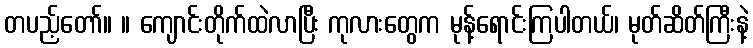
တပည့်တော်။ ။ ကျောင်းတိုက်ထဲလာပြီး ကုလားတွေက မုန့်ရောင်းကြပါတယ်၊ မုတ်ဆိတ်ကြီးနဲ့